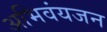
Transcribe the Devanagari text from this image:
अभिवंयजन